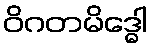
ဝိဂတမိဒ္ဓေါ